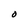
Character: O